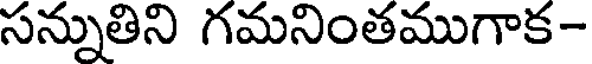
సన్నుతిని గమనింతముగాక-